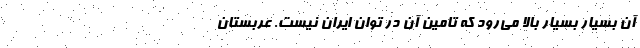
آن بسيار بسيار بالا مي‌رود كه تامين آن در توان ايران نيست. عربستان